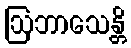
ဩဘာသေန္တိ